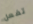
تفعل